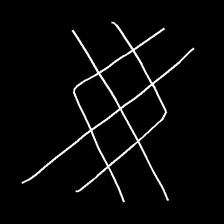
Glyph: crystal